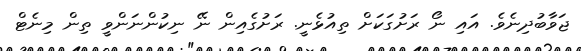
ޖަވާބުދިނެވެ. އައި ނޯ ރަށުގަކަށް ތިއުޅެނީ. ރަށުގެއިން ނޭ ނިކުންނަންވީ ތިން މިނެޓް